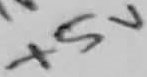
Text: +5V